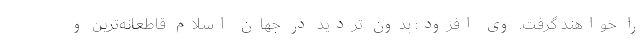
را خواهند گرفت. وی افزود: بدون تردید در جهان اسلام قاطعانه‌ترین و